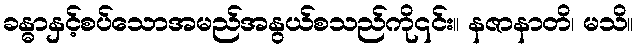
ခန္ဓာနှင့်စပ်သောအမည်အနွယ်စသည်ကို၎င်း။ နဇာနာတိ၊ မသိ။